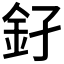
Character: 𨥂